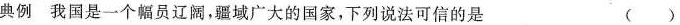
典例我国是一个幅员辽阔，疆域广大的国家，下列说法可信的是 ( )